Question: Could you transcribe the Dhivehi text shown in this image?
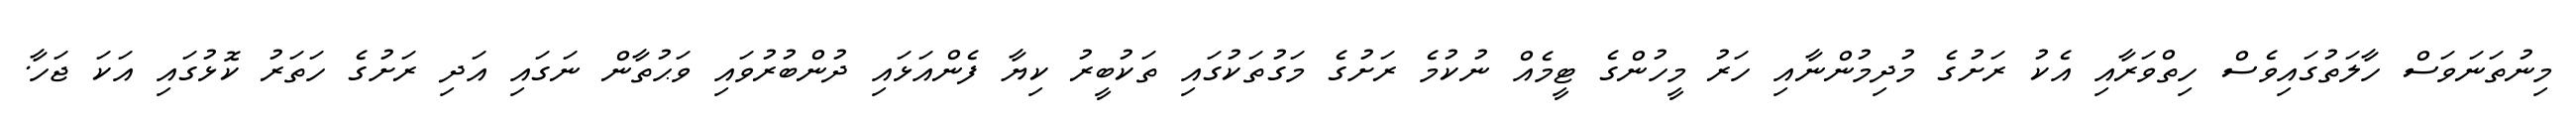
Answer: މިނުތަނަވަސް ހާލަތުގައިވެސް ހިތްވަރާއި އެކު ރަށުގެ މުދިމުންނާއި ހަރު މީހުންގެ ޓީމެއް ނުކުމެ ރަށުގެ މަގުތަކުގައި ތަކުބީރު ކިޔާ ފެންއަޅައި ދުންބުރުވައި ވަޙުތާން ނަގައި އަދި ރަށުގެ ހަތަރު ކޮޅުގައި އަކަ ޖަހާ.